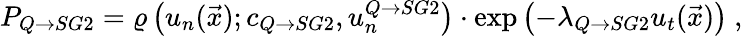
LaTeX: P_{Q\rightarrow SG2}=\varrho\left(u_{n}(\vec{x});c_{Q\rightarrow SG2},u_{n}^{Q\rightarrow SG2}\right)\cdot\exp\left(-\lambda_{Q\rightarrow SG2}u_{t}(\vec{x})\right)\ ,